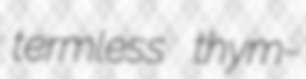
termless thym-